Report of an investigation into the causes of the diseases known in Assam as Kála-Azár and Beri-Beri
Disease focus: Beri-Beri
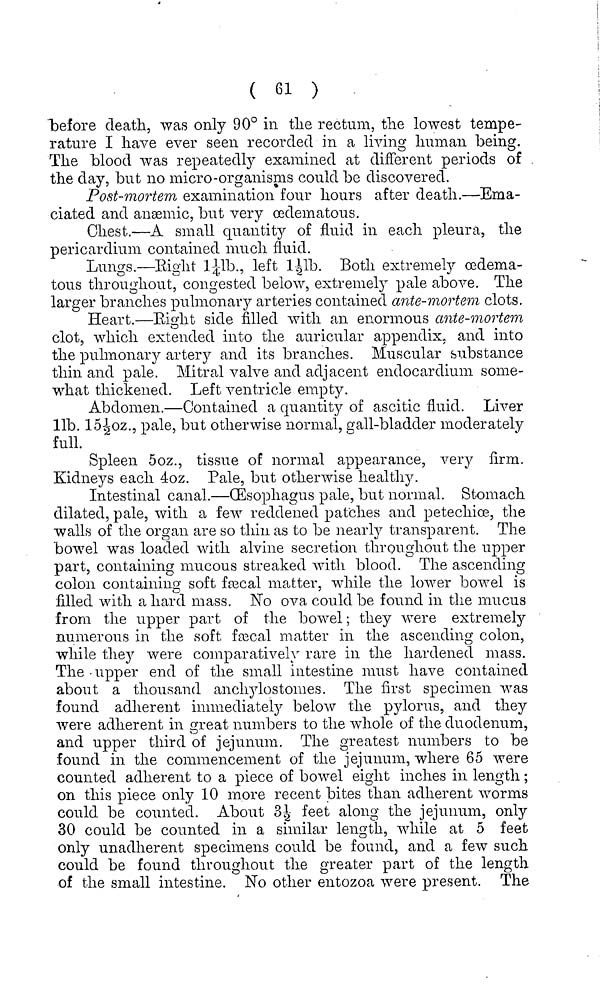
( 61 )
"before death, was only 90° in the rectum, the lowest tempe-
rature I have ever seen recorded in a living human being.
The blood was repeatedly examined at different periods of
the day, but no micro-organisms could be discovered.
Post-mortem examination four hours after death.—Ema-
ciated and anæmic, but very œdematous.
Chest.—A small quantity of fluid in each pleura, the
pericardium contained much fluid.
Lungs.—Bight 1¼lb., left l½lb. Both extremely oedema-
tons throughout, congested below, extremely pale above. The
larger branches pulmonary arteries contained ante-mortem clots.
Heart.—Eight side filled with an enormous ante-mortem
clot, which extended into the auricular appendix, and into
the pulmonary artery and its branches. Muscular substance
thin and pale. Mitral valve and adjacent endocardium some-
what thickened. Left ventricle empty.
Abdomen.—Contained a quantity of ascitic fluid. Liver
lib. 15½oz., pale, but otherwise normal, gall-bladder moderately
full.
Spleen 5oz., tissue of normal appearance, very firm.
Kidneys each 4oz. Pale, but otherwise healthy.
Intestinal canal.—Œsophagus pale, but normal. Stomach
dilated, pale, with a few reddened patches and petechiœ, the
walls of the organ are so thin as to be nearly transparent. The
bowel was loaded with alvine secretion throughout the upper
part, containing mucous streaked with blood. The ascending
colon containing soft fæcal matter, while the lower bowel is
filled with a hard mass. No ova could be found in the mucus
from the upper part of the bowel; they were extremely
numerous in the soft fæcal matter in the ascending colon,
while they were comparatively rare in the hardened mass.
The upper end of the small intestine must have contained
about a thousand anchylostomes. The first specimen was
found adherent immediately below the pylorus, and they
were adherent in great numbers to the whole of the duodenum,
and upper third of jejunum. The greatest numbers to be
found in the commencement of the jejunum, where 65 were
counted adherent to a piece of bowel eight inches in length ;
on this piece only 10 more recent bites than adherent worms
could be counted. About 3½ feet along the jejunum, only
30 could be counted in a similar length, while at 5 feet
only unadherent specimens could be found, and a few such
could be found throughout the greater part of the length
of the small intestine. No other entozoa were present. The